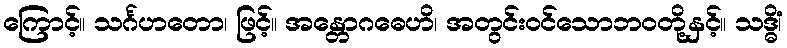
ကြောင့်။ သင်္ဂဟတော၊ ဖြင့်။ အန္တောဂဓေဟိ၊ အတွင်းဝင်သောဘဝတို့နှင့်။ သဒ္ဓိံ၊